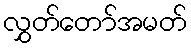
လွှတ်တော်အမတ်